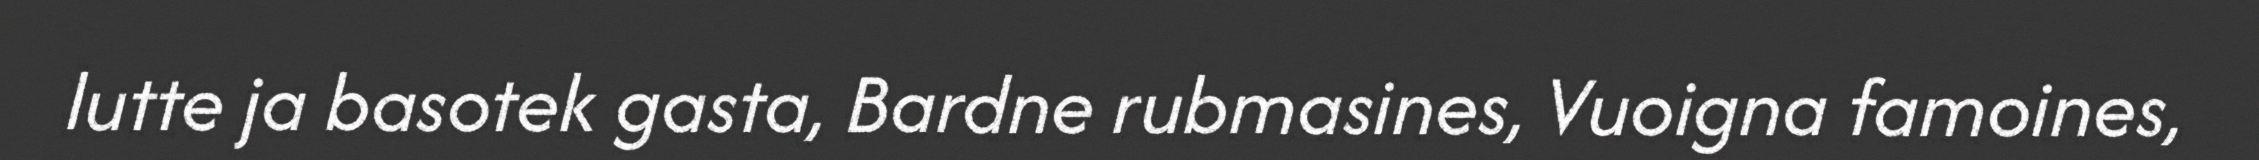
lutte ja basotek gasta, Bardne rubmasines, Vuoigna famoines,